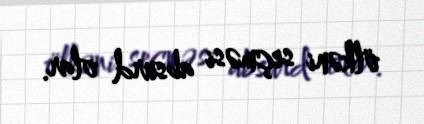
ölkəni seçməsi absurd olar.